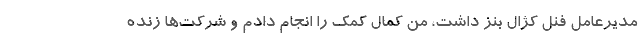
مدیرعامل فنل کژال بنز داشت، من کمال کمک را انجام دادم و شرکت‌ها زنده